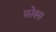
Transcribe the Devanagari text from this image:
फ़ोक्स